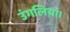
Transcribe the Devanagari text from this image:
उंगलियां।